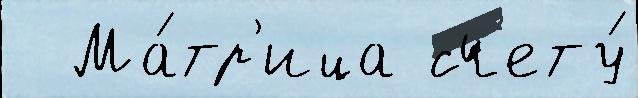
  Ма́тр'ица счету́